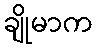
ချိုမာက